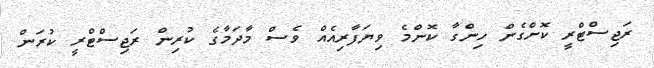
ރަޖިސްޓްރީ ކޮށްގެން ހިންގާ ކޮންމެ ވިޔަފާރިއެއް ވެސް މާދަމާގެ ކުރިން ރަޖިސްޓްރީ ކުރަން